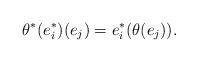
LaTeX: \begin{align*} \theta^*(e_i^*)(e_j)=e_i^*(\theta(e_j)) .\end{align*}